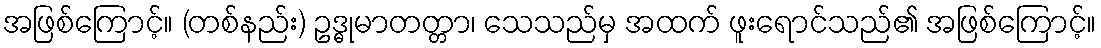
အဖြစ်ကြောင့်။ (တစ်နည်း) ဥဒ္ဓုမာတတ္တာ၊ သေသည်မှ အထက် ဖူးရောင်သည်၏ အဖြစ်ကြောင့်။